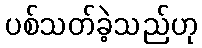
ပစ်သတ်ခဲ့သည်ဟု